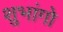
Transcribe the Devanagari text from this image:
शुभांगो